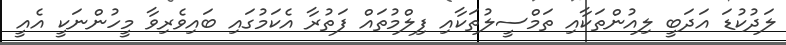
ލަދުކުޑަ އަދަބީ ލިއުންތަކާއި ތަމްސީލުތަކާއި ފިލްމުތައް ފަތުރާ އެކަމުގައި ބައިވެރިވާ މީހުންނަކީ އެއީ